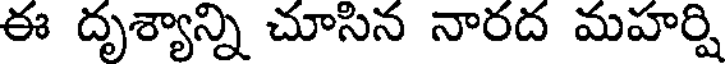
ఈ దృశ్యాన్ని చూసిన నారద మహర్షి